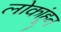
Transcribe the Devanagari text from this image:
लोकांहून